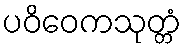
ပဝိဝေကသုတ္တံ